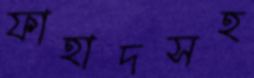
ফাহাদসহ